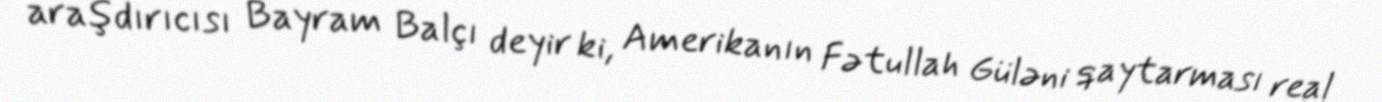
araşdırıcısı Bayram Balçı deyir ki, Amerikanın Fətullah Güləni qaytarması real